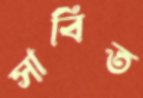
সাবিত